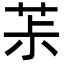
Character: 茮